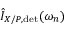
\hat { I } _ { X / P , \mathrm { d e t } } ( \omega _ { n } )